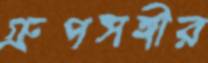
গ্রুপসঙ্গীর